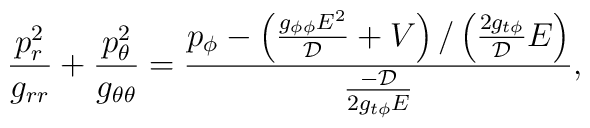
\frac{p_r^2}{g_{rr}} + \frac{p_\theta^2}{g_{\theta \theta}} =\frac{p_\phi - \left( \frac{ g_{\phi \phi} E^2 }{ \cal D }  + V             \right)/ \left( \frac{ 2 g_{t \phi} }{ \cal D } E 	            \right)       }{ \frac{- {\cal D} }{ 2 g_{t \phi} E }         },